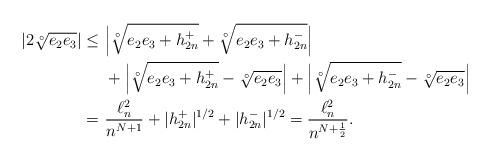
LaTeX: \begin{align*}|2\sqrt[\circ ]{e_2e_3}|\leq \, \, &\Big|\sqrt[\circ ]{e_2e_3+h_{2n}^+}+ \sqrt[\circ ]{e_2e_3+h_{2n}^-}\Big| \\\, \, &+\Big|\sqrt[\circ ]{e_2e_3+h_{2n}^+}- \sqrt[\circ ]{e_2e_3}\Big|+\Big|\sqrt[\circ ]{e_2e_3+h_{2n}^-}- \sqrt[\circ ]{e_2e_3}\Big| \\ =\, \,&\frac{\ell^2_n}{n^{N+1}} + |h_{2n}^+|^{1/2}+|h_{2n}^-|^{1/2}= \frac{\ell^2_n}{n^{N+\frac{1}{2}}}.\end{align*}